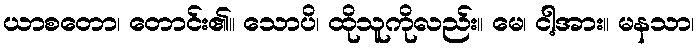
ယာစတော၊ တောင်း၏။ သောပိ၊ ထိုသူကိုလည်း။ မေ၊ ငါ့အား။ မနသာ၊